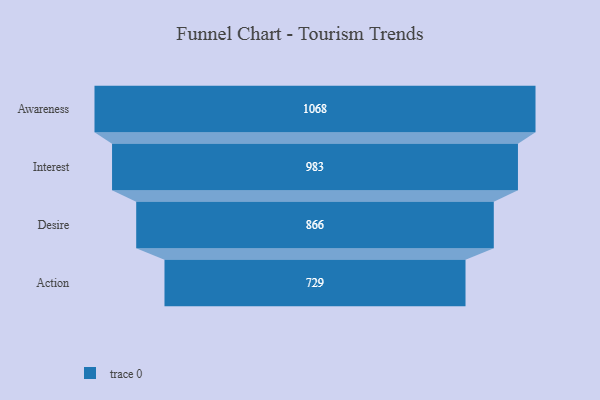
{"axis": {"x": "Stage", "y": "Value"}, "legend": [""], "data": [{"x": "Awareness", "y": 1068.0, "type": ""}, {"x": "Interest", "y": 983.0, "type": ""}, {"x": "Desire", "y": 866.0, "type": ""}, {"x": "Action", "y": 729.0, "type": ""}]}